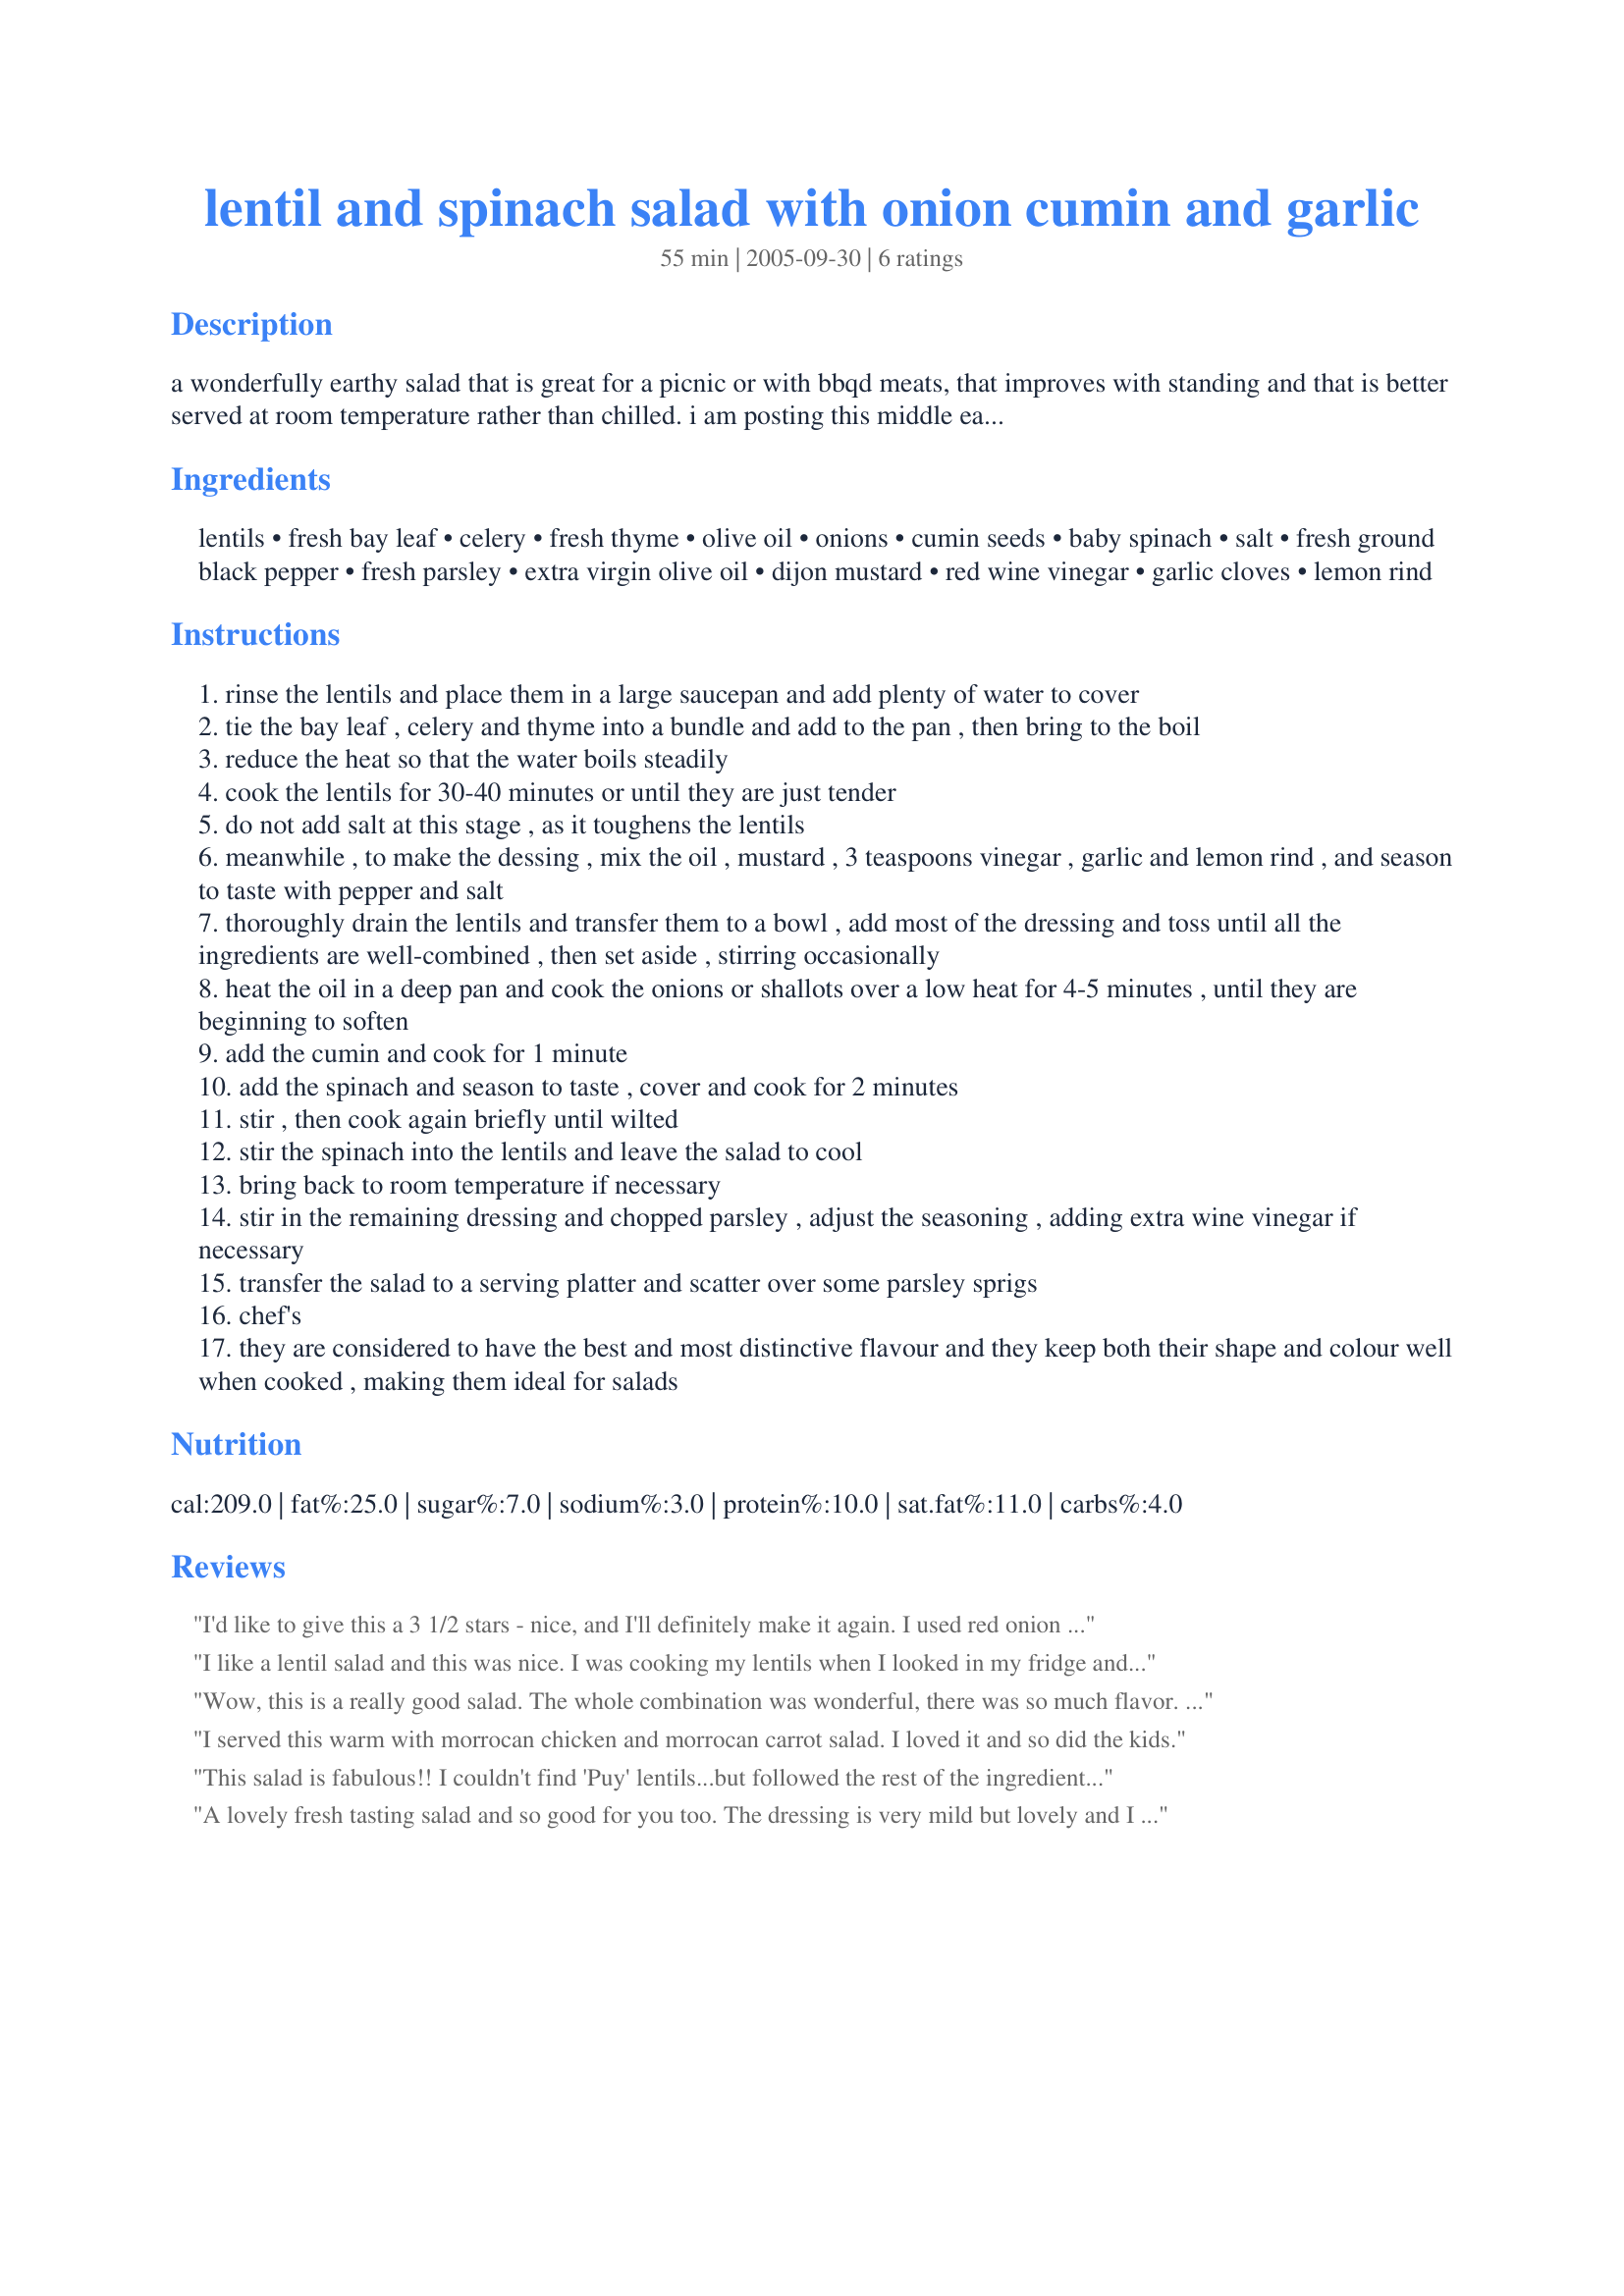
lentil and spinach salad with onion cumin and garlic
Preparation time: 55 minutes

a wonderfully earthy salad that is great for a picnic or with bbqd meats, that improves with standing and that is better served at room temperature rather than chilled. i am posting this middle eastern-style salad for the 2005 zaar world tour. i found it in english chef brian glover's fabulous book 'the onion cookbook': a real culinary haven for lovers of onions, garlic, leeks, spring onions, shallots and chives.

Ingredients:
lentils, fresh bay leaf, celery, fresh thyme, olive oil, onions, cumin seeds, baby spinach, salt, fresh ground black pepper, fresh parsley, extra virgin olive oil, dijon mustard, red wine vinegar, garlic cloves, lemon rind

Steps:
rinse the lentils and place them in a large saucepan and add plenty of water to cover
tie the bay leaf , celery and thyme into a bundle and add to the pan , then bring to the boil
reduce the heat so that the water boils steadily
cook the lentils for 30-40 minutes or until they are just tender
do not add salt at this stage , as it toughens the lentils
meanwhile , to make the dessing , mix the oil , mustard , 3 teaspoons vinegar , garlic and lemon rind , and season to taste with pepper and salt
thoroughly drain the lentils and transfer them to a bowl , add most of the dressing and toss until all the ingredients are well-combined , then set aside , stirring occasionally
heat the oil in a deep pan and cook the onions or shallots over a low heat for 4-5 minutes , until they are beginning to soften
add the cumin and cook for 1 minute
add the spinach and season to taste , cover and cook for 2 minutes
stir , then cook again briefly until wilted
stir the spinach into the lentils and leave the salad to cool
bring back to room temperature if necessary
stir in the remaining dressing and chopped parsley , adjust the seasoning , adding extra wine vinegar if necessary
transfer the salad to a serving platter and scatter over some parsley sprigs
chef's
they are considered to have the best and most distinctive flavour and they keep both their shape and colour well when cooked , making them ideal for salads

Reviews:
I'd like to give this a 3 1/2 stars - nice, and I'll definitely make it again.

I used red onion as it was all I had, and in the future I'll either use brown onion or only very briefly cook the red. I'll use less olive oil in the dressing, and probably add some lemon juice. I used white wine vinegar instead of red and was very happy with this. I overcooked the lentils this time round, so next time will make sure they're out by 30 mins.

Overall, a tasty dish. It made 3 smallish serves (4 as a side / lunch, 2 as a large meal).
I like a lentil salad and this was nice. I was cooking my lentils when I looked in my fridge and noticed DH had not purchased spinach! So, I had to make this without the spinach....so sad. I sprinkled some manchego cheese over the top to try to compensate for not having the spinach, and that was good too, but I know it would have been better if I had the spinach.
Wow, this is a really good salad. The whole combination was wonderful, there was so much flavor. Thanks so much for posting this is a keeper.
I served this warm with morrocan chicken and morrocan carrot salad. I loved it and so did the kids.
This salad is fabulous!! I couldn't find 'Puy' lentils...but followed the rest of the ingredients exactly as written!!
Delicious!! I was a little concerned about the cumin, for some
reason I thought you had to use chili powder when using cumin...silly me!! Wonderful flavors! Thank you!!
A lovely fresh tasting salad and so good for you too. The dressing is very mild but lovely and I used spring onions but I think red onions would work better. Thanks for a no-guilt lunch!
